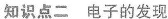
知识点二 电子的发现